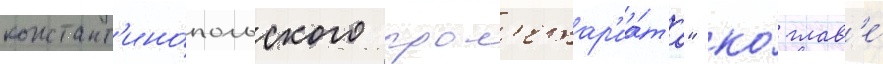
констант'ино́польского прол'етар'иа́та" ко́ глав'е́